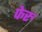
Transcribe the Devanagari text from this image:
फेरु